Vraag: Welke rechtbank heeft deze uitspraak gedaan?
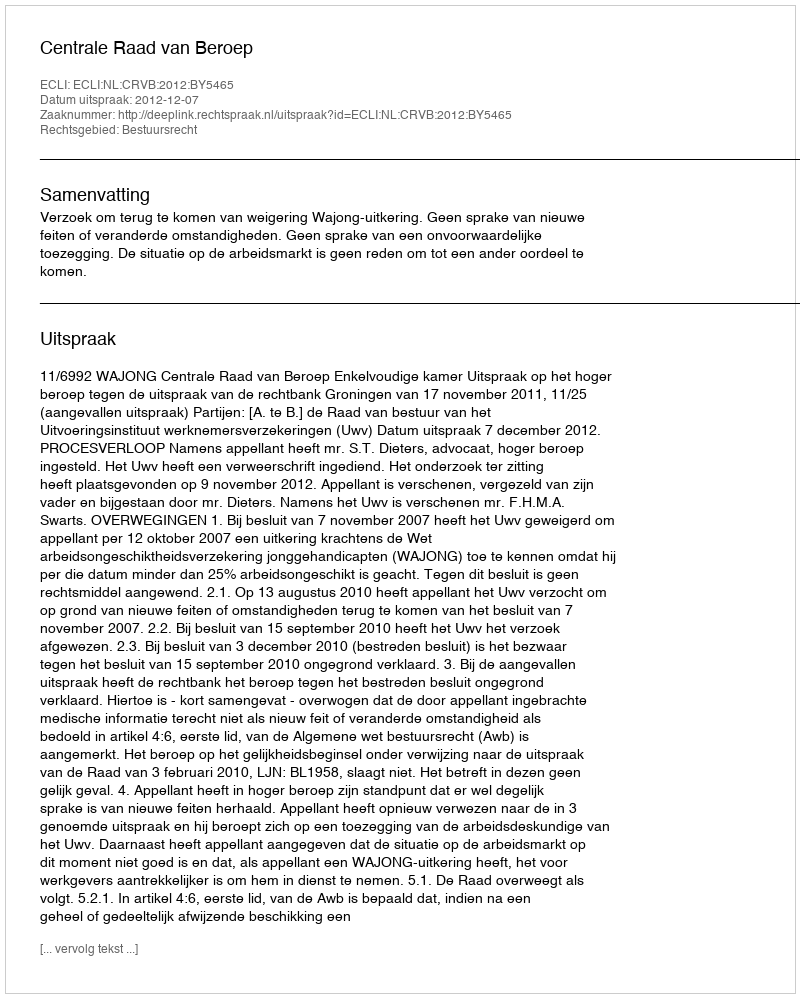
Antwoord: Centrale Raad van Beroep